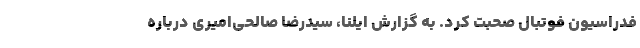
فدراسیون فوتبال صحبت کرد. به گزارش ایلنا، سیدرضا صالحی‌امیری درباره